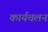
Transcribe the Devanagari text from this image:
कार्यचलन